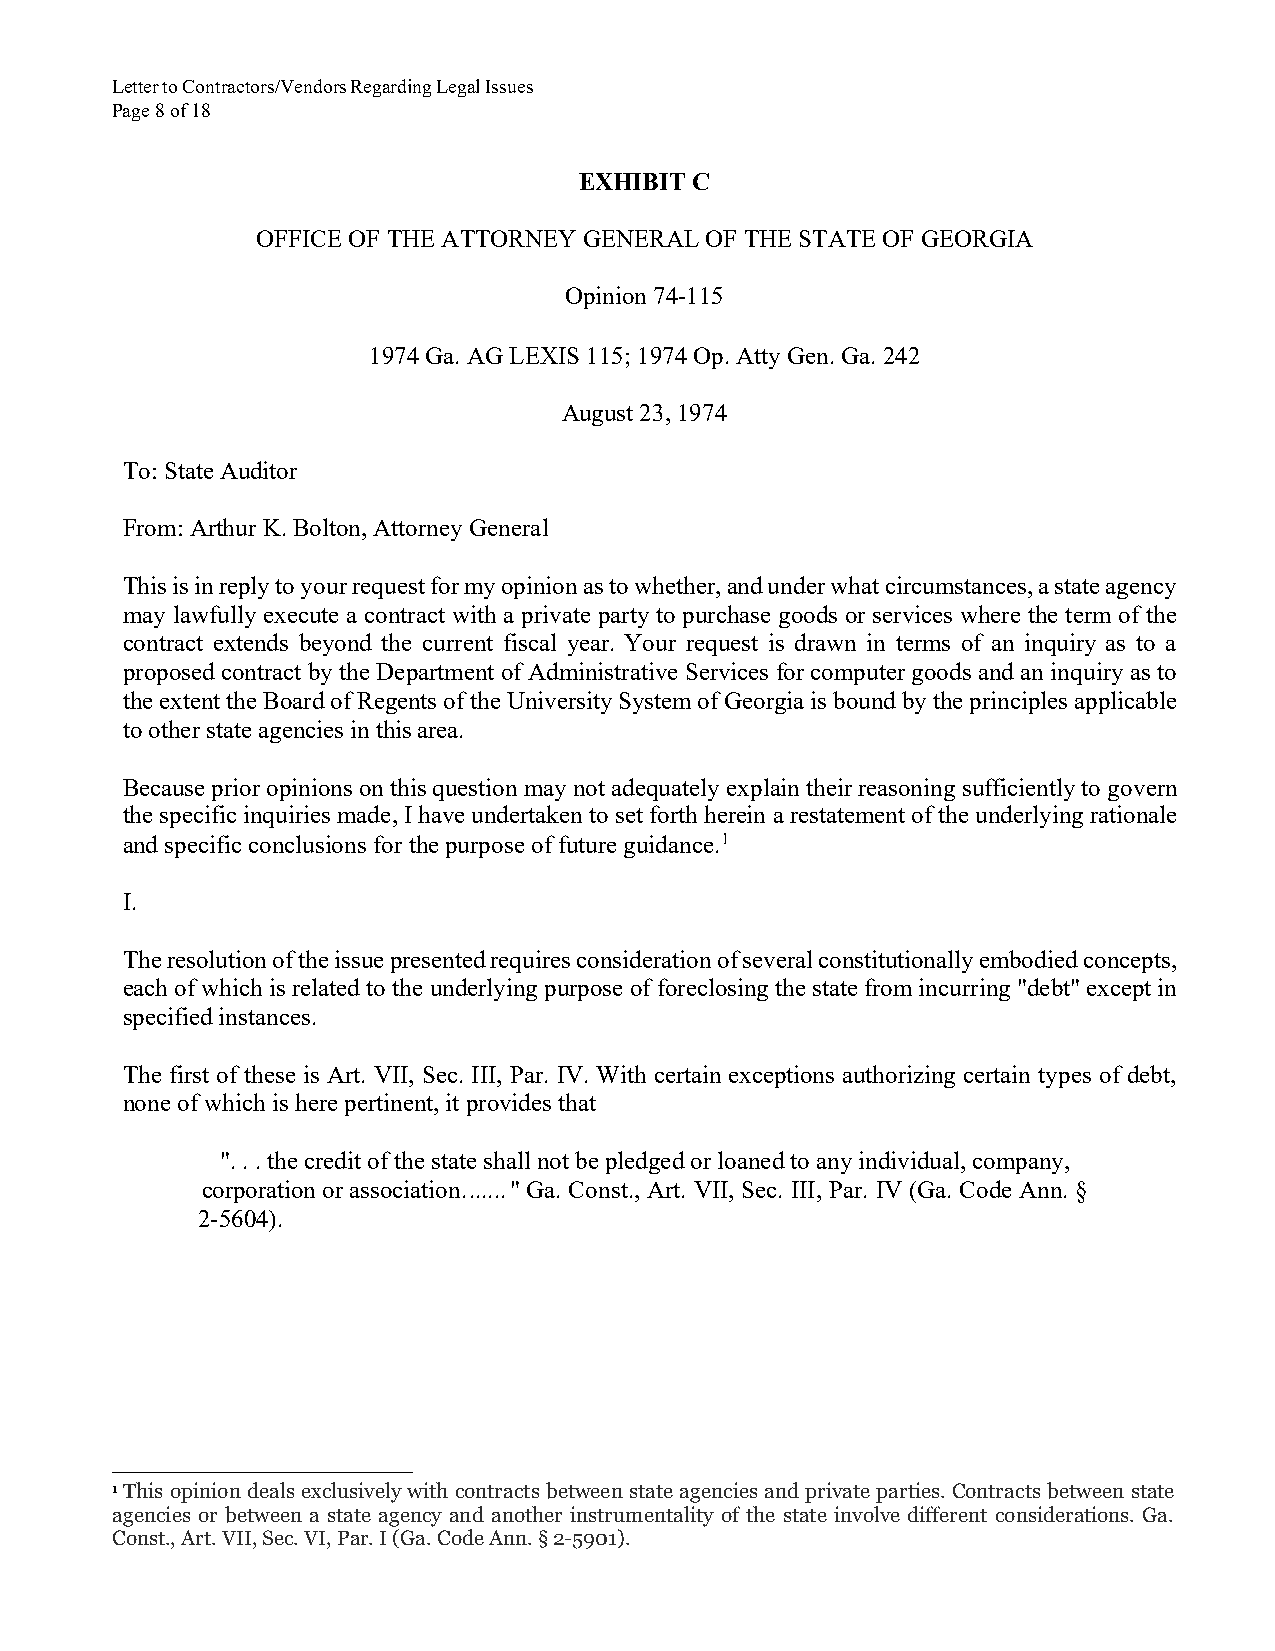
Letter to Contractors/Vendors Regarding Legal Issues
 Page 8 of 18
 EXHIBIT C
 OFFICE OF THE ATTORNEY GENERAL OF THE STATE OF GEORGIA
 Opinion 74-115
 1974 Ga. AG LEXIS 115; 1974 Op. Atty Gen. Ga. 242
 August 23, 1974
 To: State Auditor
 From: Arthur K. Bolton, Attorney General
 This is in reply to your request for my opinion as to whether, and under what circumstances, a state agency
 may lawfully execute a contract with a private party to purchase goods or services where the term of the
 contract extends beyond the current fiscal year. Your request is drawn in terms of an inquiry as to a
 proposed contract by the Department of Administrative Services for computer goods and an inquiry as to
 the extent the Board of Regents of the University System of Georgia is bound by the principles applicable
 to other state agencies in this area.
 Because prior opinions on this question may not adequately explain their reasoning sufficiently to govern
 the specific inquiries made, I have undertaken to set forth herein a restatement of the underlying rationale
 and specific conclusions for the purpose of future guidance.1
 I.
 The resolution of the issue presented requires consideration of several constitutionally embodied concepts,
 each of which is related to the underlying purpose of foreclosing the state from incurring "debt" except in
 specified instances.
 The first of these is Art. VII, Sec. III, Par. IV. With certain exceptions authorizing certain types of debt,
 none of which is here pertinent, it provides that
 ". . . the credit of the state shall not be pledged or loaned to any individual, company,
 corporation or association. ...... " Ga. Const., Art. VII, Sec. III, Par. IV (Ga. Code Ann. §
 2-5604).
 1 This opinion deals exclusively with contracts between state agencies and private parties. Contracts between state
 agencies or between a state agency and another instrumentality of the state involve different considerations. Ga.
 Const., Art. VII, Sec. VI, Par. I (Ga. Code Ann. § 2-5901).